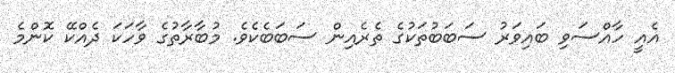
އެއީ ހާއްސަވި ބައިވަރު ސަބަބުތަކުގެ ތެރެއިން ސަބަބެކެވެ. މުބާރާތުގެ ވާހަކަ ދެއްކޭ ކޮންމެ